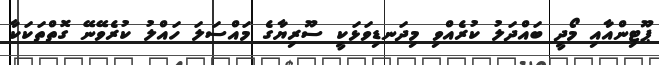
ޕޫޓިންއާއި މޯދީ ބައްދަލު ކުރެއްވި މިދަނޑިވަޅަކީ ސޫރިޔާގެ މައްސަލަ ހައްލު ކުރެވޭނޭ ގޮތްތަކަކާ